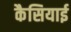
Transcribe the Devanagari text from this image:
कैसियाई